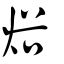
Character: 焀